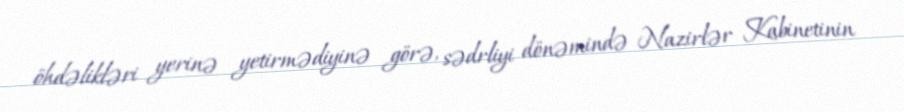
öhdəlikləri yerinə yetirmədiyinə görə, sədrliyi dönəmində Nazirlər Kabinetinin